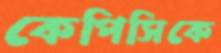
কেপিসিকে